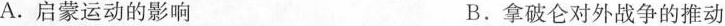
A. 启蒙运动的影响 B. 拿破仑对外战争的推动